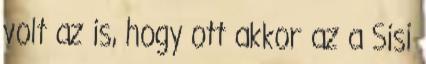
volt az is, hogy ott akkor az a Sisi